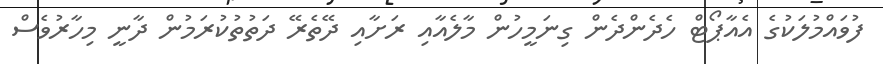
ފުވައްމުލަކުގެ އެއާޕޯޓް ހެދެންދެން ގިނަމީހުން މާލެއާއި ރަށާއި ދޭތެރޭ ދަތުތުކުރަމުން ދާނީ މިހާރުވެސް